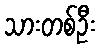
သားတစ်ဦး